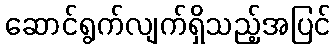
ဆောင်ရွက်လျက်ရှိသည့်အပြင်